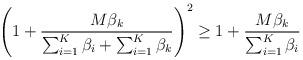
LaTeX: \begin{align*}\left(1+\frac{M\beta_{k}}{\sum_{i=1}^{K}\beta_{i}+\sum_{i=1}^{K}\beta_{k}}\right)^2\geq 1+\frac{M\beta_{k}}{\sum_{i=1}^{K}\beta_{i}}\end{align*}